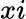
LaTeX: xi